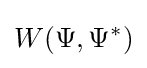
W(\Psi ,\Psi ^{*})